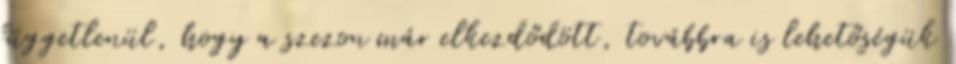
függetlenül, hogy a szezon már elkezdődött, továbbra is lehetőségük